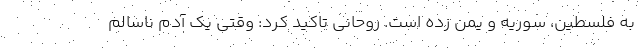
به فلسطین، سوریه و یمن زده است. روحانی تاکید کرد: وقتی یک آدم ناسالم